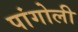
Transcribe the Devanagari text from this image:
पांगोली